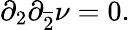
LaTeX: \partial_{2}\partial_{\overline{{{2}}}}\nu=0.